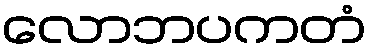
လောဘပကတံ